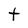
Character: t